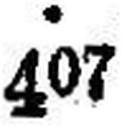
407